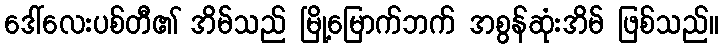
ဒေါ်လေးပစ်တီ၏ အိမ်သည် မြို့မြောက်ဘက် အစွန်ဆုံးအိမ် ဖြစ်သည်။